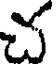
చ